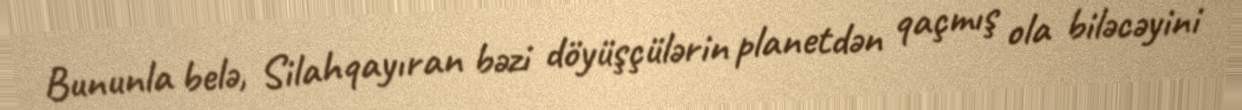
Bununla belə, Silahqayıran bəzi döyüşçülərin planetdən qaçmış ola biləcəyini